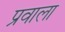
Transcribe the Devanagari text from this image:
प्रवाला